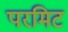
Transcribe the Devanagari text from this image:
परमिट